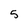
Character: 5